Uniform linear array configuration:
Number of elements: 32
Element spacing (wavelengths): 0.25
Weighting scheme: kaiser
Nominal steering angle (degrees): -30
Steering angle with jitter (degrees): -31.003
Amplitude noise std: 0.05
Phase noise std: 0.05

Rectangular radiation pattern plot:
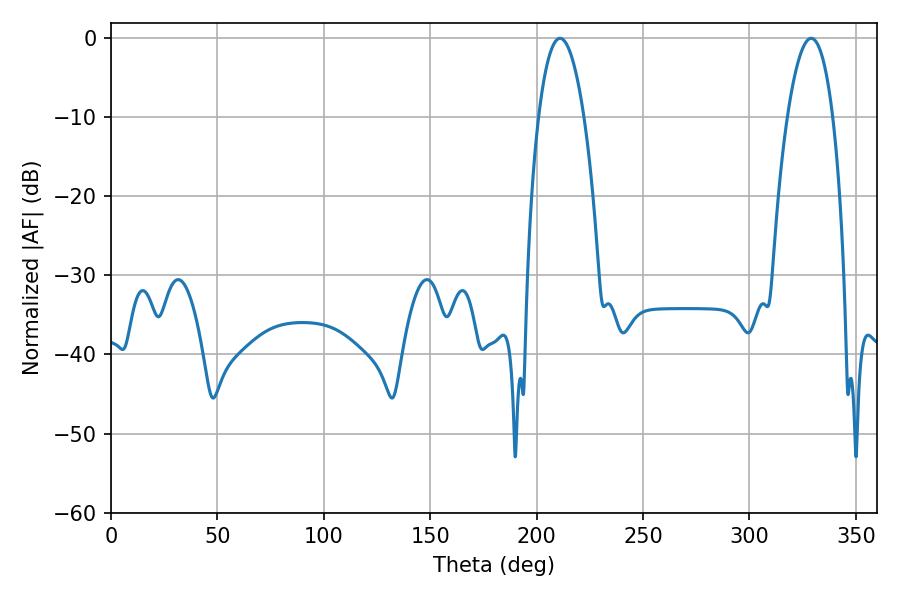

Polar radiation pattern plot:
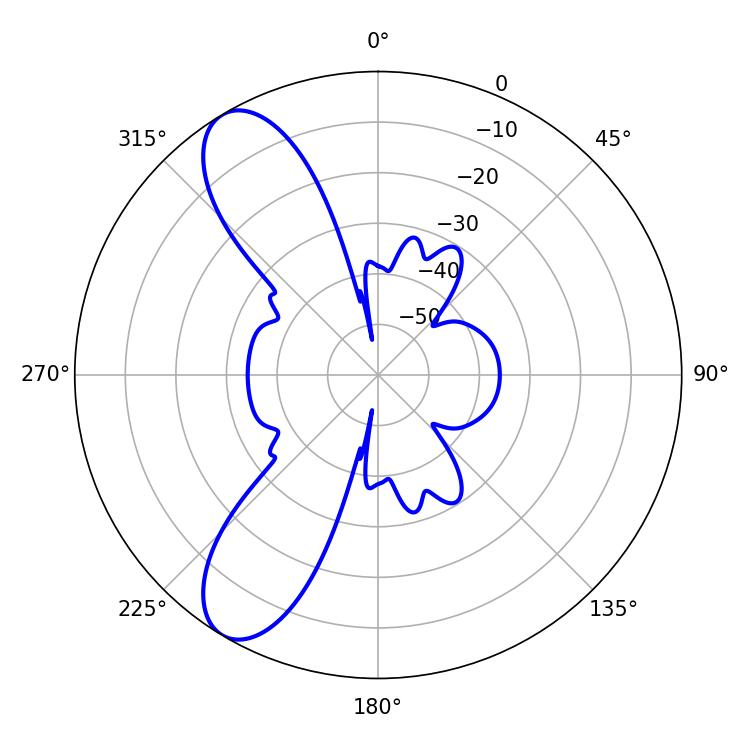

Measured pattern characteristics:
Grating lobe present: FALSE
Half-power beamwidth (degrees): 11.88
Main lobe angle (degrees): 210.96